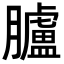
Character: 臚